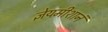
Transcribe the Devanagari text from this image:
ज्ञेयमीशानं